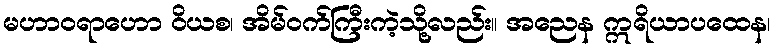
မဟာဝရာဟော ဝိယစ၊ အိမ်ဝက်ကြီးကဲ့သို့လည်း။ အညေန ဣရိယာပထေန၊